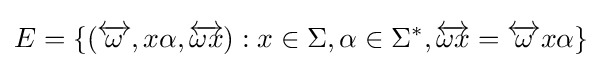
E=\{({\overleftrightarrow {\omega }},x\alpha ,{\overleftrightarrow {\omega x}}):x\in \Sigma ,\alpha \in \Sigma ^{*},{\overleftrightarrow {\omega x}}={\overleftrightarrow {\omega }}x\alpha \}